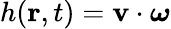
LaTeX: h({\mathbf r},t)={\mathbf v}\cdot{\boldsymbol\omega}